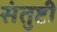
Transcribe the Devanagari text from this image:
संतुष्टी